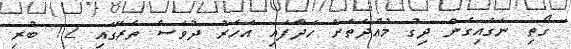
ގޯތި ނަގައިގެން ދިގު މުއްދަތަށް ހަދާފައި އަހަރު ދުވަސް ތެރޭގައި 12 ބުރި